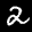
Label: 2